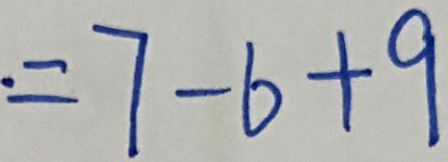
= 7 - 6 + 9